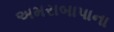
અમરાબાપાના